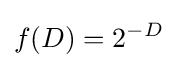
f(D)=2^{-D}